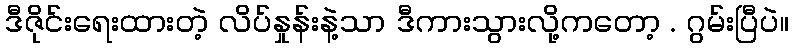
ဒီဇိုင်းရေးထားတဲ့ လိပ်နှုန်းနဲ့သာ ဒီကားသွားလို့ကတော့ . ဂွမ်းပြီပဲ။